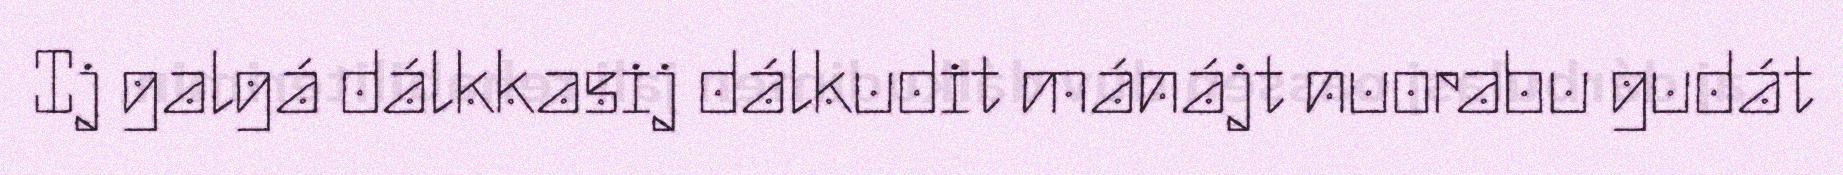
Ij galgá dálkkasij dálkudit mánájt nuorabu gudát